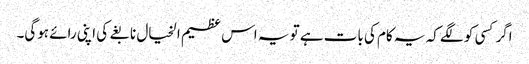
اگر کسی کو لگے کہ یہ کام کی بات ہے تو یہ اس عظیم الخیال نابغے کی اپنی رائے ہوگی۔